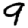
Digit: 9